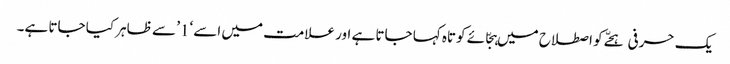
یک حرفی ہجّے کو اصطلاح میں ہجّائے کوتاہ کہا جاتا ہے اور علامت میں اسے ‘1’ سے ظاہر کیا جاتا ہے۔